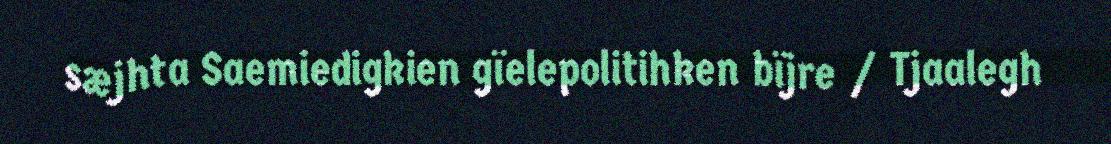
sæjhta Saemiedigkien gïelepolitihken bïjre / Tjaalegh